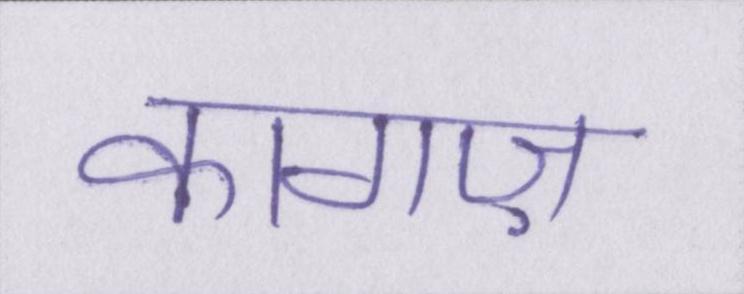
कागज़